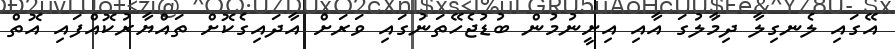
އޭގައި ލެނގިލާ ދިމާލުގަ އާއި އިށީނުމުން ބުޑުޖެހޭތަނުގައި ވަރަށް އާދައިގެކޮށް ތައްޔާރުކޮއްފައި އޮތް